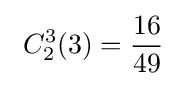
\ C_{2}^{3}(3)={\frac {16}{49}}